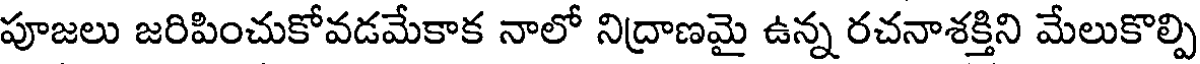
పూజలు జరిపించుకోవడమేకాక నాలో నిద్రాణమై ఉన్న రచనాశక్తిని మేలుకొల్పి